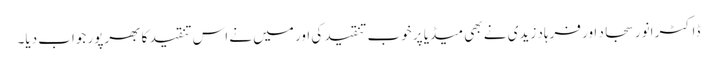
ڈاکٹر انور سجاد اور فرہاد زیدی نے بھی میڈیا پر خوب تنقید کی اور میں نے اس تنقید کا بھرپور جواب دیا۔